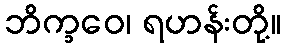
ဘိက္ခဝေ၊ ရဟန်းတို့။